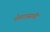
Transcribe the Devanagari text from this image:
शेवटासाठी